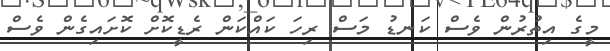
މީގެ އިތުރުން ވެސް ކަނޑު މަސް ރިހަ ކައްކަން ރެޑީކޮށް ކޮށައިގެން ވެސް